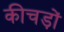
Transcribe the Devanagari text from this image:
कीचड़ों